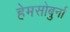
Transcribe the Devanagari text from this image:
हेमसोबुर्ना